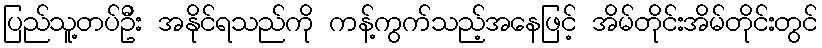
ပြည်သူ့တပ်ဦး အနိုင်ရသည်ကို ကန့်ကွက်သည့်အနေဖြင့် အိမ်တိုင်းအိမ်တိုင်းတွင်